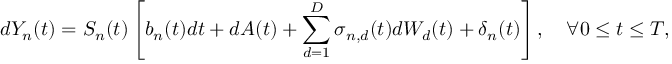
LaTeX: d Y _ { n } ( t ) = S _ { n } ( t ) \left[ b _ { n } ( t ) d t + d A ( t ) + \sum _ { d = 1 } ^ { D } \sigma _ { n , d } ( t ) d W _ { d } ( t ) + \delta _ { n } ( t ) \right] , \quad \forall 0 \leq t \leq T , \quad n = 1 \ldots N .